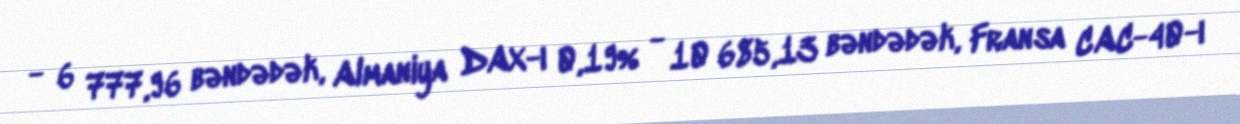
- 6 777,96 bəndədək, Almaniya DAX-ı 0,19% - 10 685,13 bəndədək, Fransa CAC-40-ı